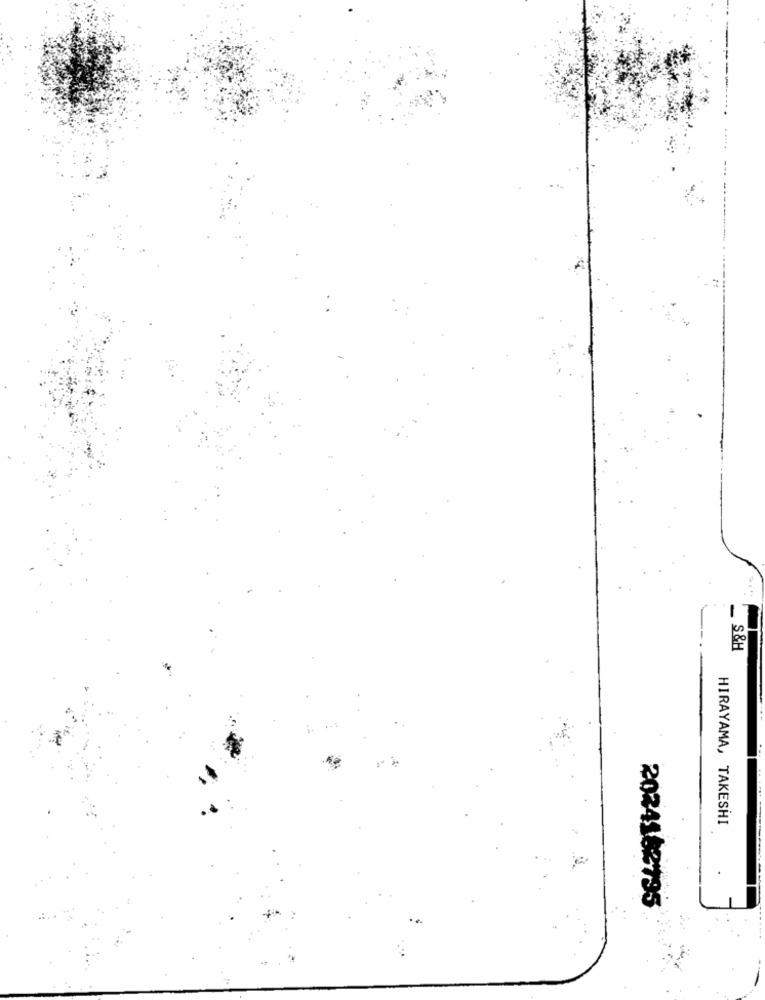
-
S&H
HIRAYAMA, TAKESHI
2024162735